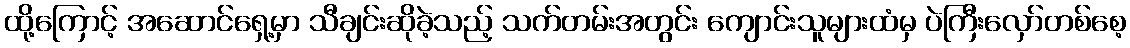
ထို့ကြောင့် အဆောင်ရှေ့မှာ သီချင်းဆိုခဲ့သည့် သက်တမ်းအတွင်း ကျောင်းသူများထံမှ ပဲကြီးလှော်တစ်စေ့